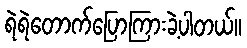
ရဲရဲတောက်ပြောကြားခဲ့ပါတယ်။